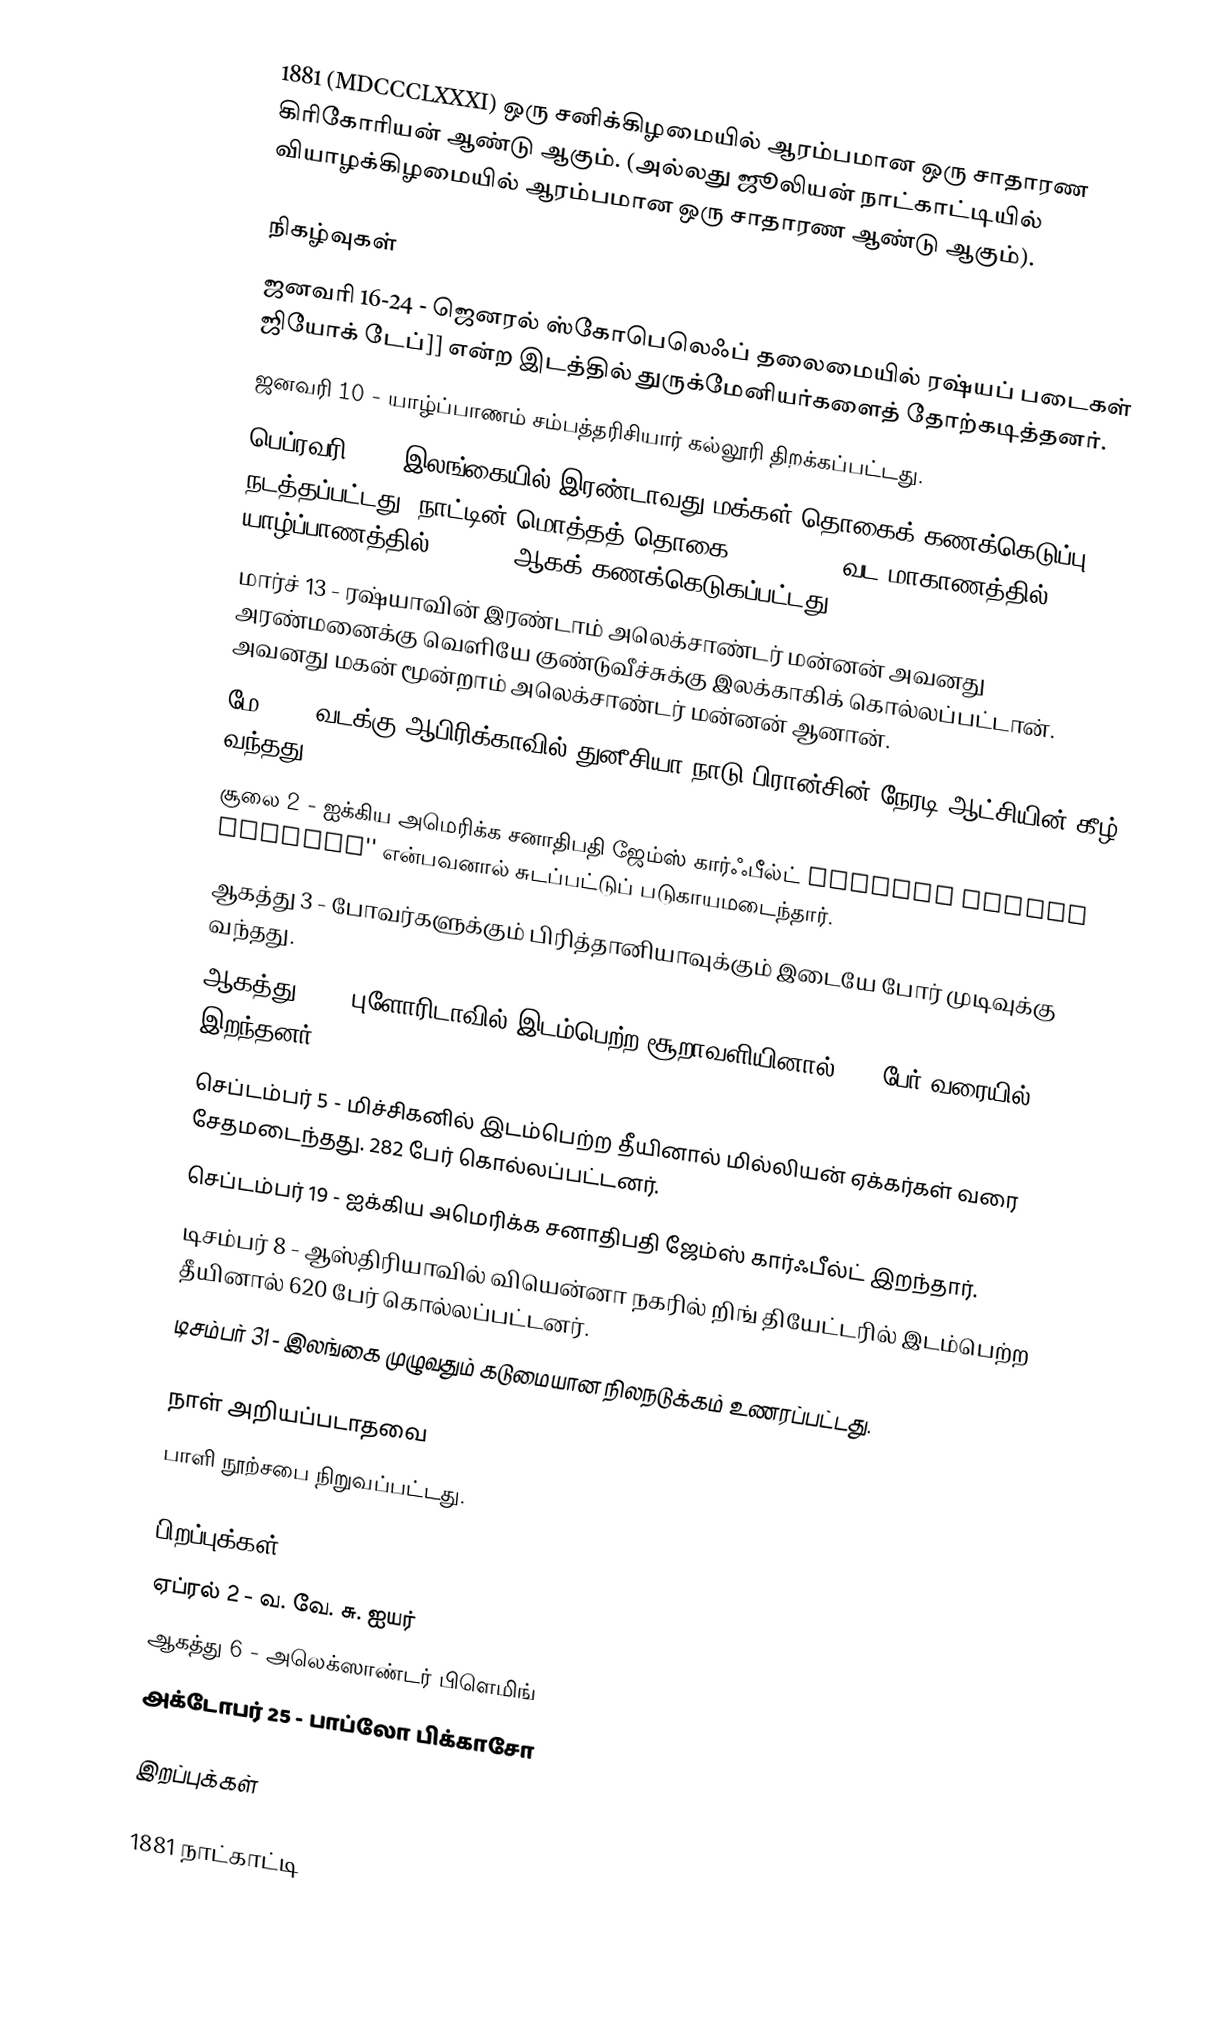
1881  (MDCCCLXXXI) ஒரு சனிக்கிழமையில் ஆரம்பமான ஒரு சாதாரண கிரிகோரியன் ஆண்டு ஆகும். (அல்லது ஜூலியன் நாட்காட்டியில் வியாழக்கிழமையில் ஆரம்பமான ஒரு சாதாரண ஆண்டு ஆகும்).

நிகழ்வுகள்
 ஜனவரி 16-24 - ஜெனரல் ஸ்கோபெலெஃப் தலைமையில் ரஷ்யப் படைகள் ஜியோக் டேப்]] என்ற இடத்தில் துருக்மேனியர்களைத் தோற்கடித்தனர்.
 ஜனவரி 10 - யாழ்ப்பாணம் சம்பத்தரிசியார் கல்லூரி திறக்கப்பட்டது.
 பெப்ரவரி 17 - இலங்கையில் இரண்டாவது மக்கள் தொகைக் கணக்கெடுப்பு நடத்தப்பட்டது. நாட்டின் மொத்தத் தொகை 2,759,738, வட மாகாணத்தில் 302, 500, யாழ்ப்பாணத்தில் 40, 057 ஆகக் கணக்கெடுகப்பட்டது.
 மார்ச் 13 - ரஷ்யாவின் இரண்டாம் அலெக்சாண்டர் மன்னன் அவனது அரண்மனைக்கு வெளியே குண்டுவீச்சுக்கு இலக்காகிக் கொல்லப்பட்டான். அவனது மகன் மூன்றாம் அலெக்சாண்டர் மன்னன் ஆனான்.
 மே 12 - வடக்கு ஆபிரிக்காவில் துனீசியா நாடு பிரான்சின் நேரடி ஆட்சியின் கீழ் வந்தது.
 சூலை 2 - ஐக்கிய அமெரிக்க சனாதிபதி ஜேம்ஸ் கார்ஃபீல்ட் Charles Julius Guiteau'' என்பவனால் சுடப்பட்டுப் படுகாயமடைந்தார்.
 ஆகத்து 3 - போவர்களுக்கும் பிரித்தானியாவுக்கும் இடையே போர் முடிவுக்கு வந்தது.
 ஆகத்து 27 - புளோரிடாவில் இடம்பெற்ற சூறாவளியினால் 700 பேர் வரையில் இறந்தனர்.
 செப்டம்பர் 5 - மிச்சிகனில் இடம்பெற்ற தீயினால் மில்லியன் ஏக்கர்கள் வரை சேதமடைந்தது. 282 பேர் கொல்லப்பட்டனர்.
 செப்டம்பர் 19 - ஐக்கிய அமெரிக்க சனாதிபதி ஜேம்ஸ் கார்ஃபீல்ட் இறந்தார்.
 டிசம்பர் 8 - ஆஸ்திரியாவில் வியென்னா நகரில் றிங் தியேட்டரில் இடம்பெற்ற தீயினால் 620 பேர் கொல்லப்பட்டனர்.
 டிசம்பர் 31 - இலங்கை முழுவதும் கடுமையான நிலநடுக்கம் உணரப்பட்டது.

நாள் அறியப்படாதவை
 பாளி நூற்சபை நிறுவப்பட்டது.

பிறப்புக்கள்
 ஏப்ரல் 2 - வ. வே. சு. ஐயர்
 ஆகத்து 6 - அலெக்ஸாண்டர் பிளெமிங்
 அக்டோபர் 25 - பாப்லோ பிக்காசோ

இறப்புக்கள்

1881 நாட்காட்டி